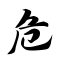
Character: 危